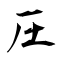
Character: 圧